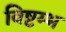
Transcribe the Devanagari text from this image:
विष्टम्भ